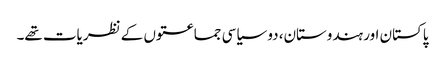
پاکستان اور ہندوستان، دو سیاسی جماعتوں کے نظریات تھے۔